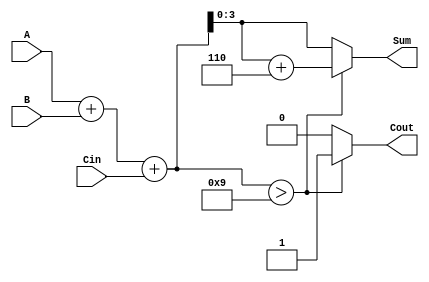
module bcd_adder (
    input  [3:0] A,    // First BCD digit
    input  [3:0] B,    // Second BCD digit
    input         Cin,  // Carry-in
    output reg [3:0] Sum, // BCD sum output
    output reg Cout      // Carry-out
);

    // Intermediate signals
    reg [4:0] binary_sum; // 5 bits to accommodate overflow from BCD addition

    always @(*) begin
        // Step 1: Perform binary addition
        binary_sum = A + B + Cin;

        // Step 2: Check if correction is needed
        if (binary_sum > 4'd9) begin
            // Step 3: Correct the sum by adding 6 (0110)
            binary_sum = binary_sum + 4'd6;
            Cout = 1;  // Set carry-out to 1
        end else begin
            Cout = 0;  // No carry-out
        end

        // Step 4: Assign the corrected sum to the output
        Sum = binary_sum[3:0]; // Only the lower 4 bits are the result
    end
endmodule